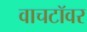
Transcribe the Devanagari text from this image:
वाचटॉवर